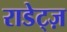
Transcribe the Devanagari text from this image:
राडेट्ज़